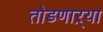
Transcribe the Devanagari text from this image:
तोडणाऱ्या